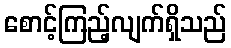
စောင့်ကြည့်လျက်ရှိသည်